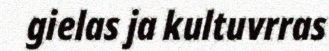
gielas ja kultuvrras